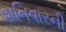
શનિવારની